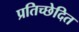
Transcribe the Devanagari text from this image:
प्रतिच्छेदित